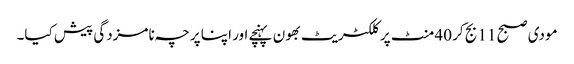
مودی صبح 11 بج کر 40 منٹ پر کلکٹریٹ بھون پہنچے اور اپنا پرچہ نامزدگی پیش کیا۔